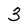
Character: 3